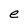
Character: e